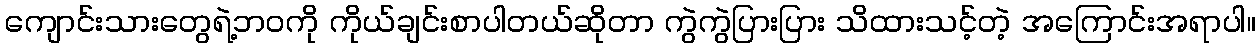
ကျောင်းသားတွေရဲ့ဘဝကို ကိုယ်ချင်းစာပါတယ်ဆိုတာ ကွဲကွဲပြားပြား သိထားသင့်တဲ့ အကြောင်းအရာပါ။